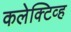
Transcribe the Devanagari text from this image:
कलेक्टिव्ह